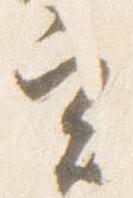
実